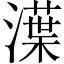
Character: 㵩